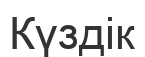
Күздік